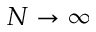
N \to \infty